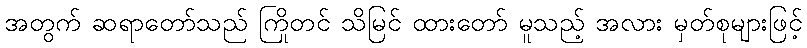
အတွက် ဆရာတော်သည် ကြိုတင် သိမြင် ထားတော် မူသည့် အလား မှတ်စုများဖြင့်